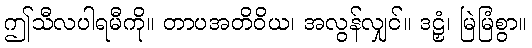
ဤသီလပါရမီကို။ တာပအတိဝိယ၊ အလွန်လျှင်။ ဒဠှံ၊ မြဲမြံစွာ။